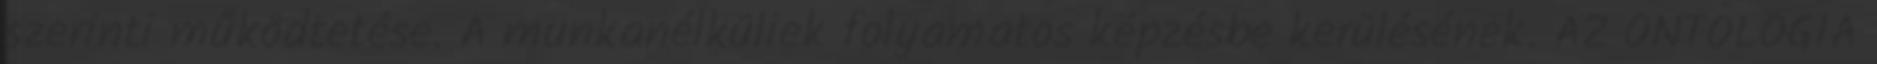
szerinti működtetése. A munkanélküliek folyamatos képzésbe kerülésének. AZ ONTOLÓGIA